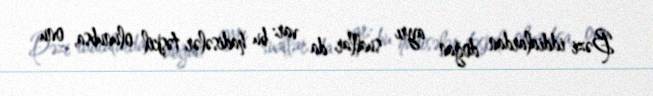
Bəzi iddialardan doğan ayrı suallar da var: bu hadisələr təşkil olunubsa, onu